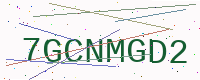
Text: 7GCNMGD2